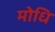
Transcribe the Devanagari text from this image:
मोधि